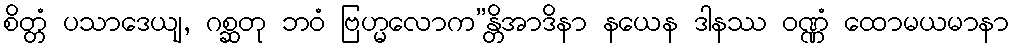
စိတ္တံ ပသာဒေယျ, ဂစ္ဆတု ဘဝံ ဗြဟ္မလောက”န္တိအာဒိနာ နယေန ဒါနဿ ဝဏ္ဏံ ထောမယမာနာ